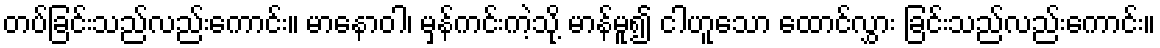
တပ်ခြင်းသည်လည်းကောင်း။ မာနောဝါ၊ မှန်ကင်းကဲ့သို့ မာန်မူ၍ ငါဟူသော ထောင်လွှား ခြင်းသည်လည်းကောင်း။